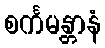
စင်္ကမန္တာနံ